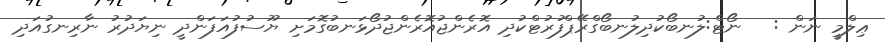
ޢިލްމީ ނަން :   ނޯޓް:ލުނބޯކުދިލުނބޯގްރޭޕްފުރުޓްކުދި އޮރެންޖުއޮރެންޖުދޯޅަނބުގޮމަށި ޔޫސުފުއަފަންދީ ނިޔަދުރު ނާރިނގުއަދި